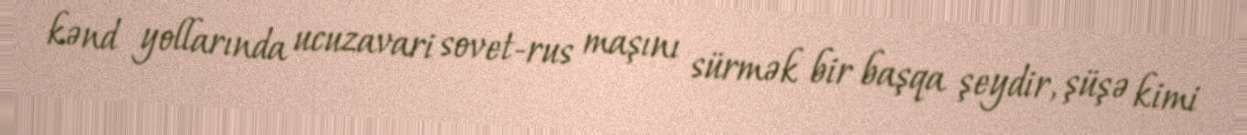
kənd yollarında ucuzavari sovet-rus maşını sürmək bir başqa şeydir, şüşə kimi